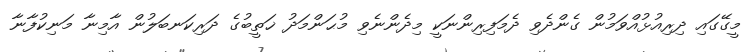
މީގޭގައި ދިރިއުޅުއްވަމުން ގެންދެވި ދެމަފިރިންނަކީ މިދެންނެވި މުޙަންމަދު ޚަތީބުގެ ދަރިކަނބަލުން އާމިނާ މަނިކުފާނާ